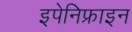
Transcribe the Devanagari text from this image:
इपेनिफ्राइन